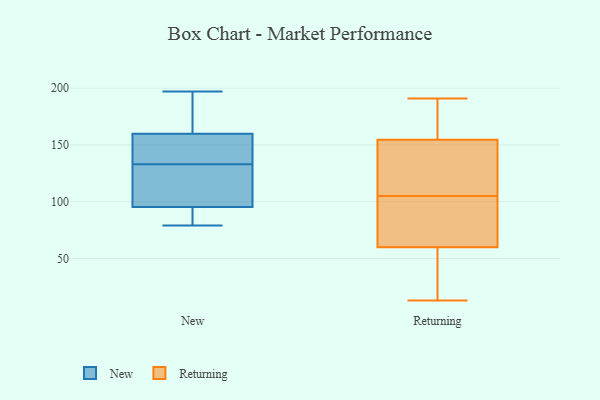
{"axis": {"x": "Temperature (°C)", "y": "Value"}, "legend": ["New", "Returning"], "data": [{"x": "", "y": 176, "type": "New"}, {"x": "", "y": 159, "type": "New"}, {"x": "", "y": 81, "type": "New"}, {"x": "", "y": 197, "type": "New"}, {"x": "", "y": 119, "type": "New"}, {"x": "", "y": 133, "type": "New"}, {"x": "", "y": 92, "type": "New"}, {"x": "", "y": 79, "type": "New"}, {"x": "", "y": 105, "type": "New"}, {"x": "", "y": 160, "type": "New"}, {"x": "", "y": 152, "type": "New"}, {"x": "", "y": 13, "type": "Returning"}, {"x": "", "y": 82, "type": "Returning"}, {"x": "", "y": 15, "type": "Returning"}, {"x": "", "y": 105, "type": "Returning"}, {"x": "", "y": 68, "type": "Returning"}, {"x": "", "y": 153, "type": "Returning"}, {"x": "", "y": 134, "type": "Returning"}, {"x": "", "y": 45, "type": "Returning"}, {"x": "", "y": 168, "type": "Returning"}, {"x": "", "y": 17, "type": "Returning"}, {"x": "", "y": 190, "type": "Returning"}, {"x": "", "y": 141, "type": "Returning"}, {"x": "", "y": 169, "type": "Returning"}, {"x": "", "y": 155, "type": "Returning"}, {"x": "", "y": 109, "type": "Returning"}, {"x": "", "y": 68, "type": "Returning"}, {"x": "", "y": 191, "type": "Returning"}, {"x": "", "y": 57, "type": "Returning"}, {"x": "", "y": 101, "type": "Returning"}]}